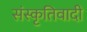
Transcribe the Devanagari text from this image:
संस्कृतिवादी